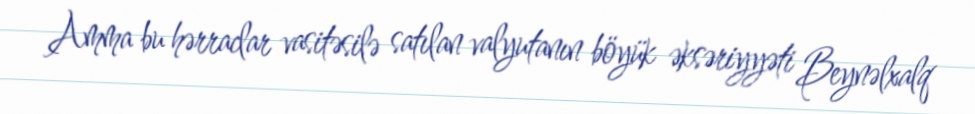
Amma bu hərraclar vasitəsilə satılan valyutanın böyük əksəriyyəti Beynəlxalq